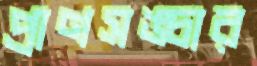
প্রাণসঙ্চার